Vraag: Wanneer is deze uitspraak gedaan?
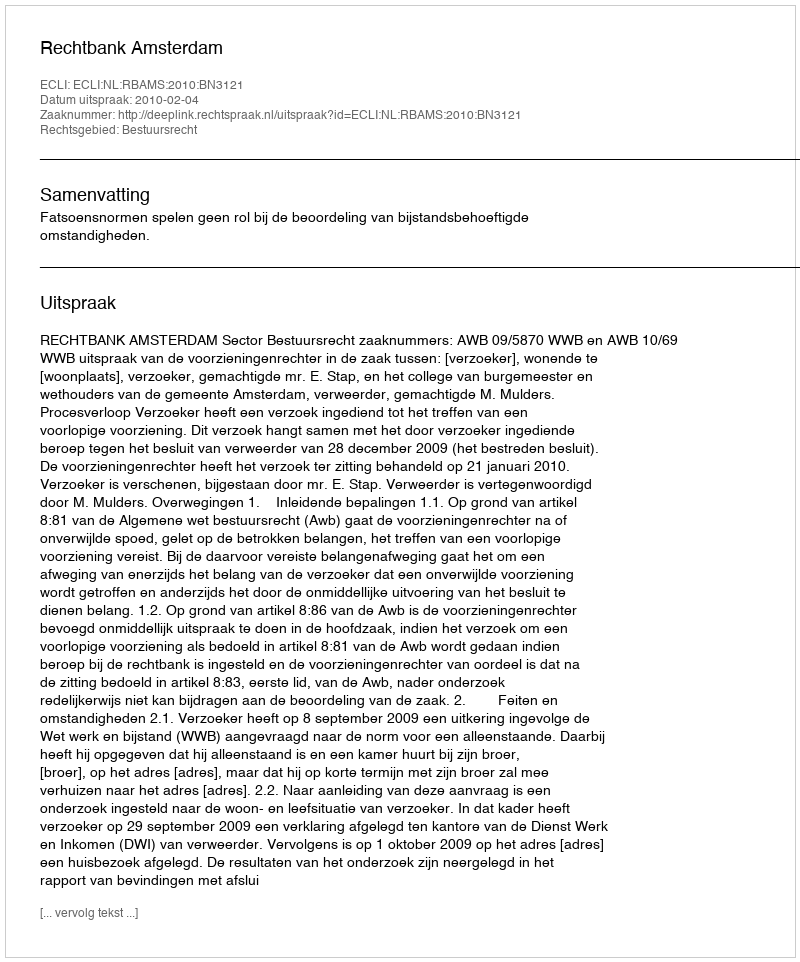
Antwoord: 2010-02-04